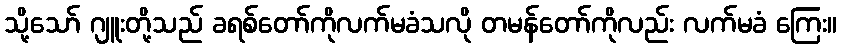
သို့သော် ဂျူးတို့သည် ခရစ်တော်ကိုလက်မခံသလို တမန်တော်ကိုလည်း လက်မခံ ကြေး။